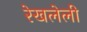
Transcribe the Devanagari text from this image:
रेखलेली